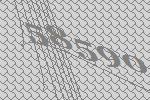
58590